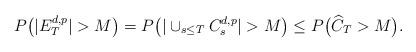
LaTeX: \begin{align*}P\big(|E_T^{d,p}|>M\big)=P\big(|\cup_{s\leq T}C_s^{d,p}|>M\big)\leq P\big(\widehat{C}_T>M\big).\end{align*}